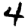
Digit: 4